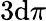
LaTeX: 3\mathrm{d}\pi